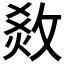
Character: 𤉧